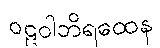
ဝဠဝါဘိရထေန